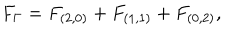
F _ { \Gamma } = F _ { ( 2 , 0 ) } + F _ { ( 1 , 1 ) } + F _ { ( 0 , 2 ) } ,